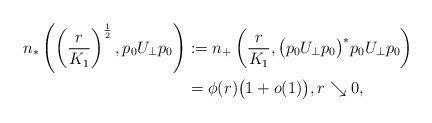
LaTeX: \begin{align*}n_{\ast} \left( \left( \frac{r}{K_{1}} \right)^{\frac{1}{2}},p_{0}U_{\perp}p_{0} \right) & := n_{+} \left( \frac{r}{K_{1}}, \big( p_{0}U_{\perp}p_{0} \big)^{\ast} p_{0}U_{\perp}p_{0} \right) \\& = \phi(r) \big( 1 +o(1) \big), r \searrow 0,\end{align*}